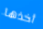
أخذها